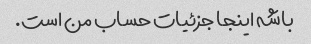
باشه اینجا جزئیات حساب من است.